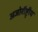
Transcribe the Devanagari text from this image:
अजोरौष्ट्रीय